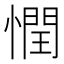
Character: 𢡞